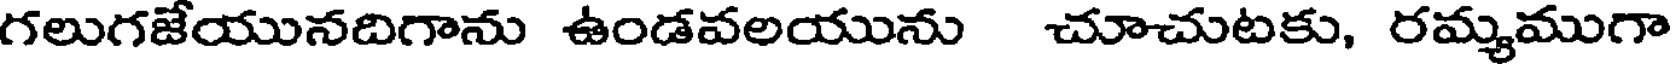
గలుగజేయునదిగాను ఉండవలయును చూచుటకు, రమ్యముగా